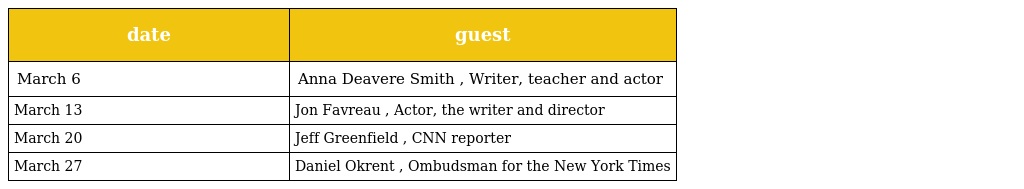
| date | guest |
 | --- | --- |
 | March 6 | Anna Deavere Smith , Writer, teacher and actor |
 | March 13 | Jon Favreau , Actor, the writer and director |
 | March 20 | Jeff Greenfield , CNN reporter |
 | March 27 | Daniel Okrent , Ombudsman for the New York Times |